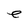
Character: e